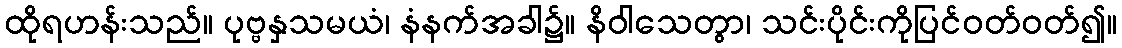
ထိုရဟန်းသည်။ ပုဗ္ဗနှသမယံ၊ နံနက်အခါ၌။ နိဝါသေတွာ၊ သင်းပိုင်းကိုပြင်ဝတ်ဝတ်၍။